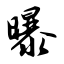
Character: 曝